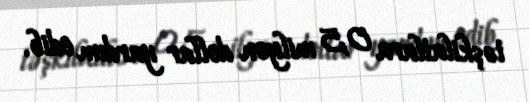
təşkilatlara 0,5 milyon dollar yardım edib.